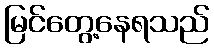
မြင်တွေ့နေရသည်